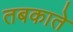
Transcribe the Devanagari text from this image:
तबकाते